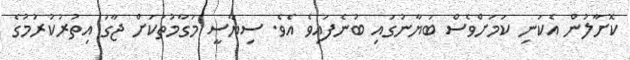
ކޮށާލުން އެކަނި ކަމަށްވެސް ބަޔާނުގައި ބުނެފައިވެ އެވެ. ސިޔާސީ މަގާމުތަކަށް ޖާގަ އިތުރުކުރުމުގެ